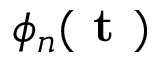
\phi _ { n } ( \textbf { t } )